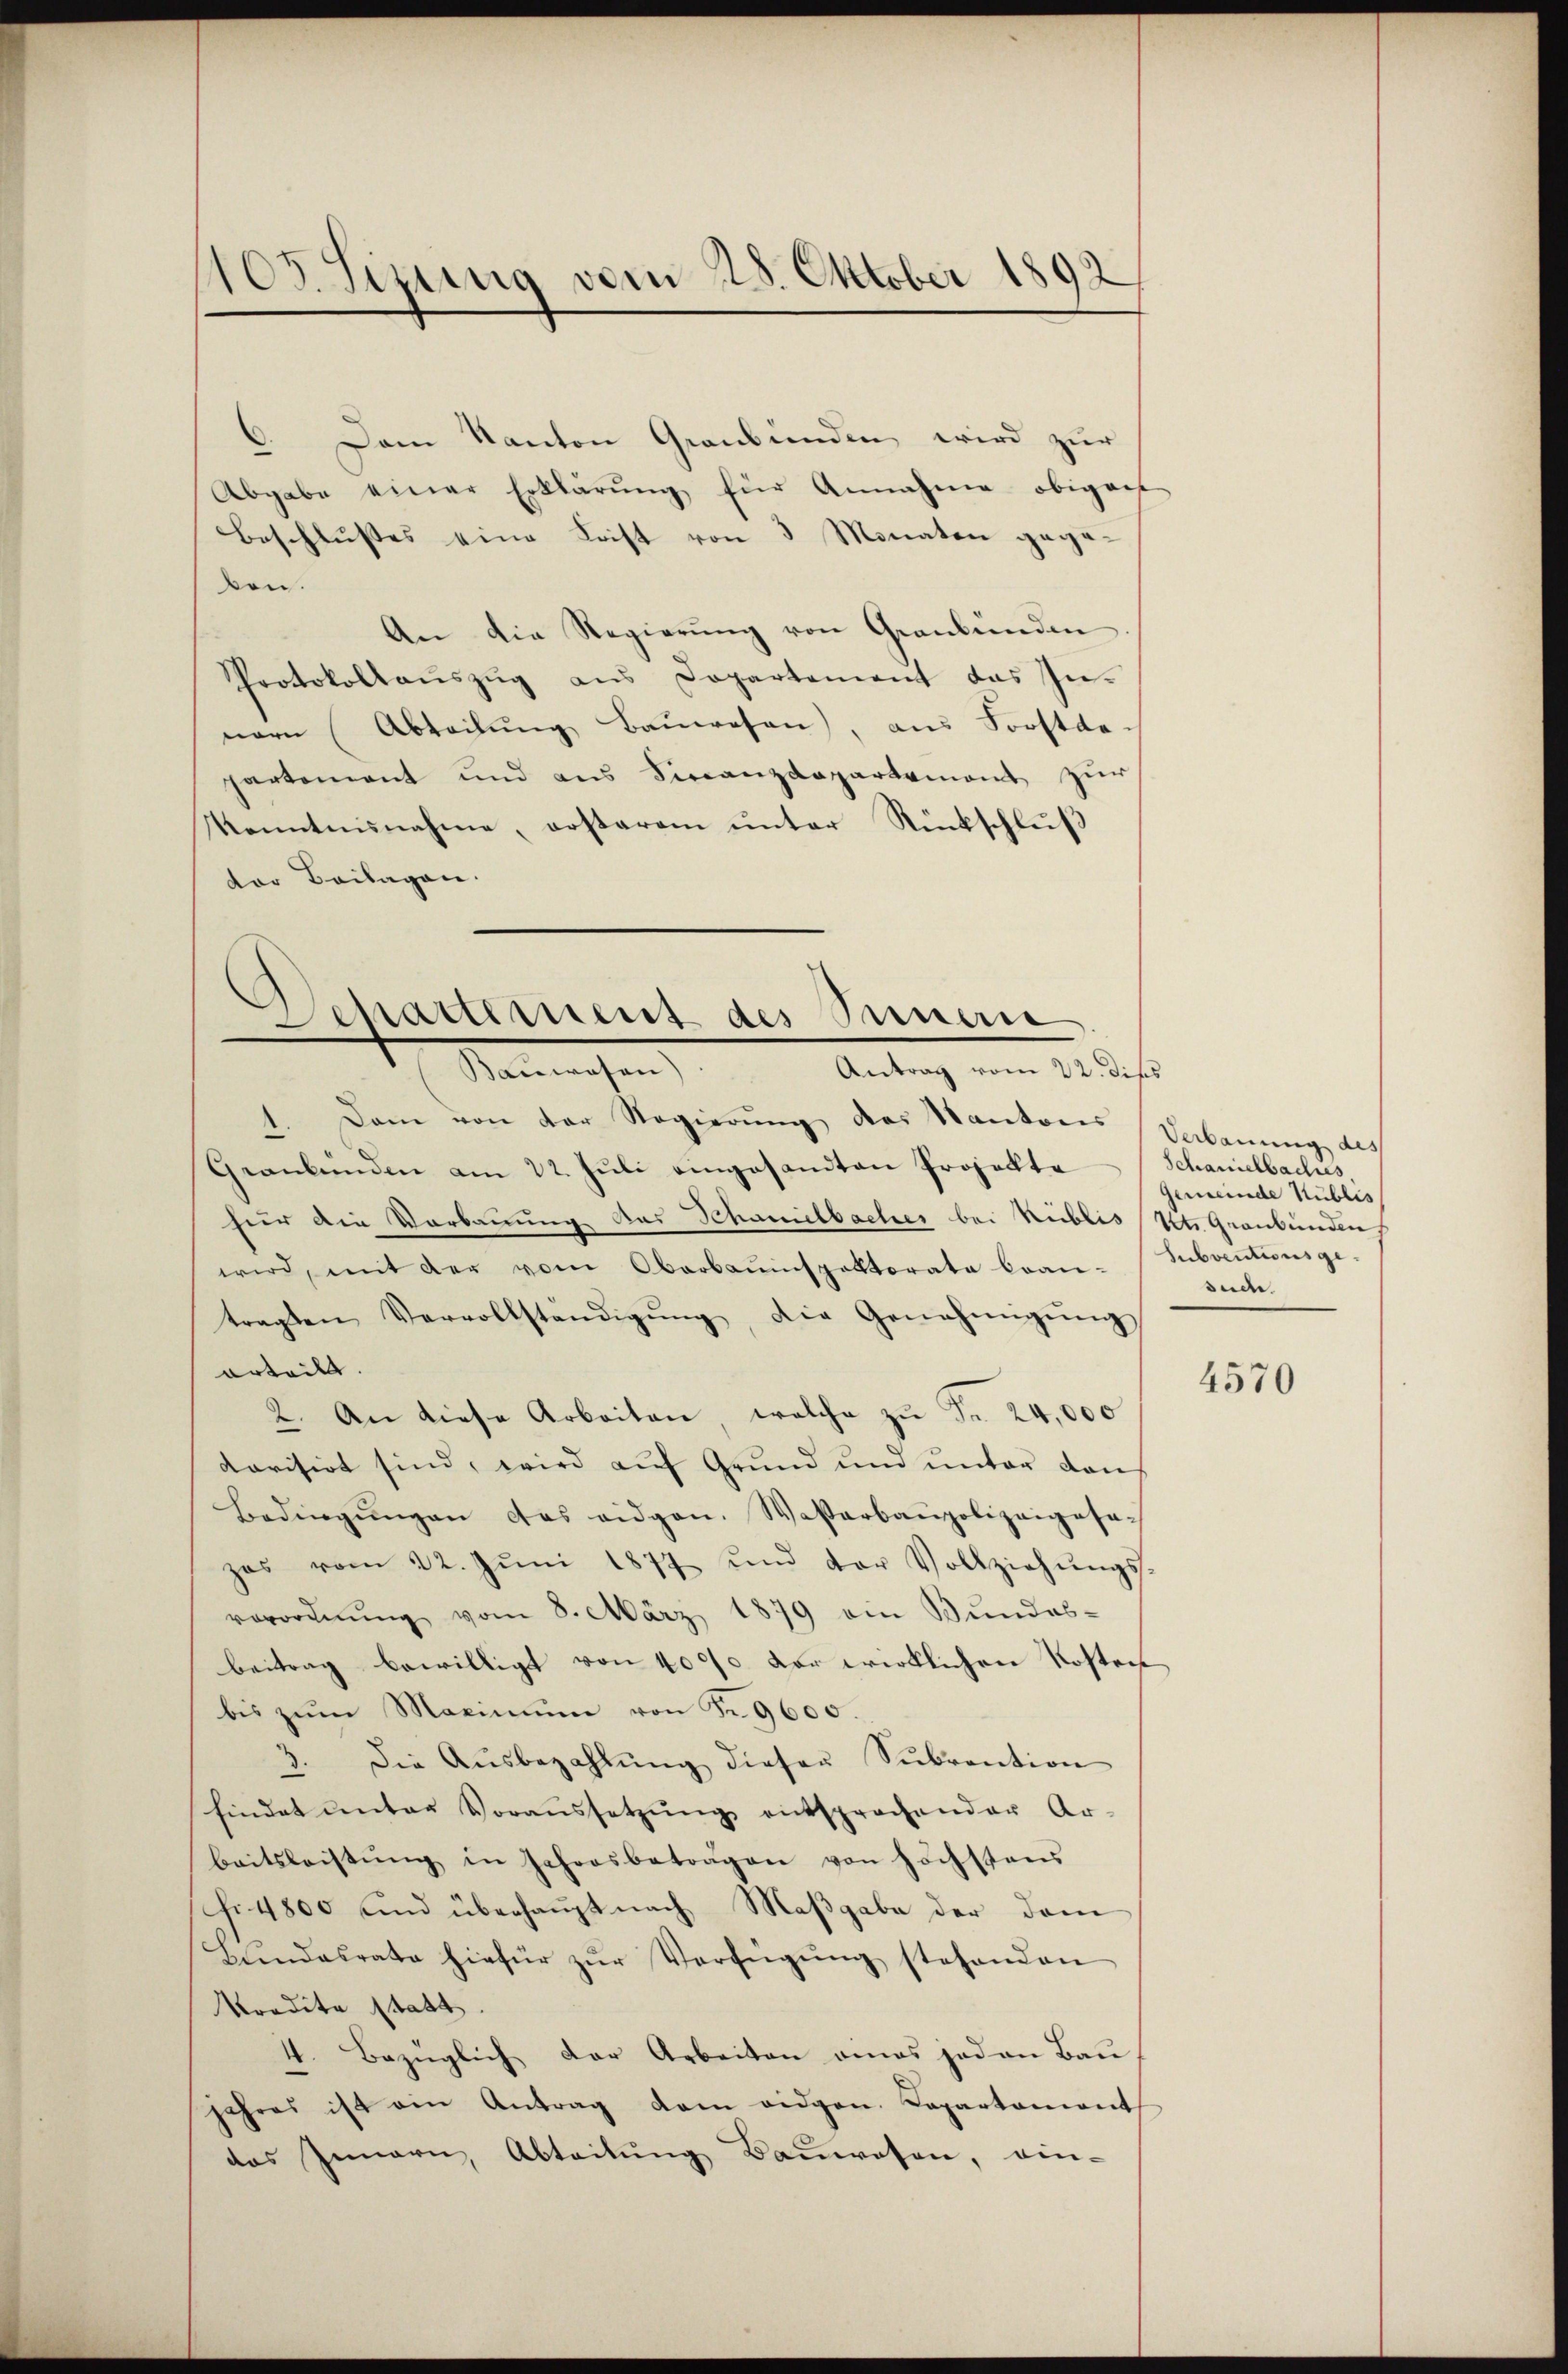
105. Sizung vom 28. Oktober 1892

6. Dem Kanton Graubünden wird zur
Abgabe einer Erklärŭng für Annahme obigert
Beschlusses eine Leist von 3 Monaten gegeben.
An die Regierŭng von Graubünden
Protokollaŭszŭg ans Dopartement das In-
nern (Abteilŭng Baŭwesen, aus Forstdepartement und aus Finanzdepartement zur
Kenntnisnahme, erstarem unter Rückschluß
ter Beilagen.

Departement des Seiner
 Mariechen
Antrag vom 22. diss

1. Dann von der Regierung des Kantoris Verbauung des
Geankünden am 22. Jŭli eingesandten Projekte Schanielbaches
für die Vorbauung das Schumilbaches bei Reiblis St. Graubünden,
wird, mit der vom Oberbauinspektorate bean-
tragten Vervollständigŭng, die Genehmigŭng
erteilt.
2. An diese Arbeiten, welche zŭ Fr. 24,000
dorisirt sind, wird auf Grund und unter den
Bedingŭngen das eidgen. Wasserbaupolizeigesa
zas vom 22. Jŭni 1877 und der Vollziehŭngs-
verordnŭng vom 8. März 1879 ein Bundes-
beitrag bewilligt von 4000 der wirklichen Kosten
bis zŭm Maximŭm von Nr. 9600.
3. Die Aŭsbezahlŭng dieser Sŭbrention
findet ŭnter Voraŭssetzŭng entsprochender Ar-
beitsleistŭng in Jehoosbetragen von höchstens
fr. 4800 und überhaupt nach Maβgabe der dem
Bŭndesrate hiefür zŭr Verfügŭng stehenden
Kredita statt
4. Bezüglich der Arbeiten eines jeden Baujahres ist ein Antrag dem eidgen. Capartament
das Innern, Abteilung Bauwesen, ein-

Gemeinde Küblis
Subventionsgesuce.

4570